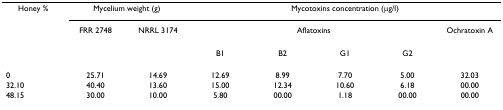
<table><thead><tr><td><b>Honey %</b></td><td colspan="2"><b>Mycelium weight (g)</b></td><td colspan="5"><b>Mycotoxins concentration (μg/l)</b></td></tr><tr><td></td><td><b>FRR 2748</b></td><td><b>NRRL 3174</b></td><td colspan="4"><b>Aflatoxins</b></td><td><b>Ochratoxin A</b></td></tr><tr><td></td><td></td><td></td><td><b>B1</b></td><td><b>B2</b></td><td><b>G1</b></td><td><b>G2</b></td><td></td></tr></thead><tbody><tr><td>0</td><td>25.71</td><td>14.69</td><td>12.69</td><td>8.99</td><td>7.70</td><td>5.00</td><td>32.03</td></tr><tr><td>32.10</td><td>40.40</td><td>13.60</td><td>15.00</td><td>12.34</td><td>10.60</td><td>6.18</td><td>00.00</td></tr><tr><td>48.15</td><td>30.00</td><td>10.00</td><td>5.80</td><td>00.00</td><td>1.18</td><td>00.00</td><td>00.00</td></tr></tbody></table>